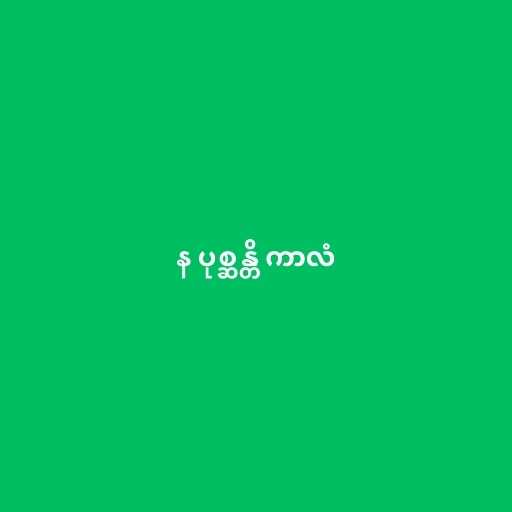
န ပုစ္ဆန္တိ ကာလံ